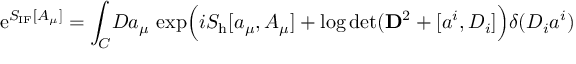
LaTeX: \mathrm { e } ^ { S _ { \mathrm { I F } } [ A _ { \mu } ] } = \int _ { C } \! { \cal D } a _ { \mu } \, \exp \Bigl ( i S _ { \mathrm { h } } [ a _ { \mu } , A _ { \mu } ] + \log \operatorname * { d e t } ( { \bf D } ^ { 2 } + [ a ^ { i } , D _ { i } ] \Bigr ) \delta ( { \cal D } _ { i } a ^ { i } )